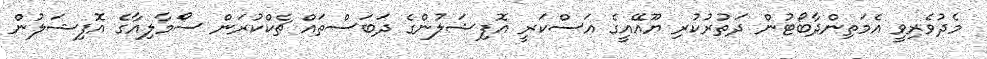
މެދުވެރިވީ އެމަތިންދާބޯޓުން ދަތުރުކުރި ޔޫއޭއީގެ އަސްކަރީ އޮފިޝަލުންގެ ދަބަސްތައް ޗެކްކުރަން ސޯމާލިއާގެ އޮފިޝަލުން